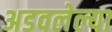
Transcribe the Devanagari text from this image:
अडवलेल्या